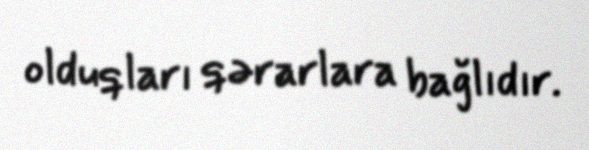
olduqları qərarlara bağlıdır.